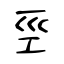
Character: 巠